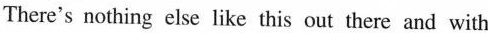
There's nothing else like this out there and with